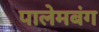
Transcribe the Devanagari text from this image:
पालेमबंग